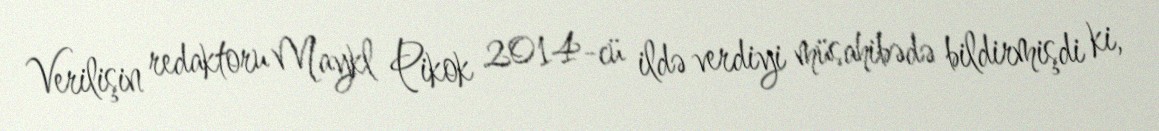
Verilişin redaktoru Maykl Pikok 2014-cü ildə verdiyi müsahibədə bildirmişdi ki,